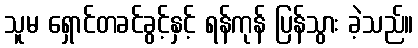
သူမ ရှောင်တခင်ခွင့်နှင့် ရန်ကုန် ပြန်သွား ခဲ့သည်။